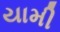
યામી